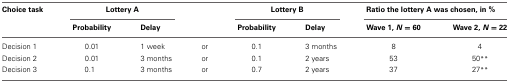
| Choice task | <COLSPAN=2> Lottery A |  | <COLSPAN=2> Lottery B | <COLSPAN=2> Ratio the lottery A was chosen, in % |
 |  | Probability | Delay |  | Probability | Delay | Wave 1, N = 60 | Wave 2, N = 22 |
 | --- | --- | --- | --- | --- | --- | --- | --- |
 | Decision 1 | 0.01 | 1 week | or | 0.1 | 3 months | 8 | 4 |
 | Decision 2 | 0.01 | 3 months | or | 0.1 | 2 years | 53 | 50** |
 | Decision 3 | 0.1 | 3 months | or | 0.7 | 2 years | 37 | 27** |